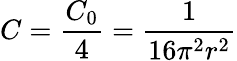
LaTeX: C=\frac{C_{0}}{4}=\frac{1}{16\pi^{2}r^{2}}